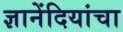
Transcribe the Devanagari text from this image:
ज्ञानेंदियांचा